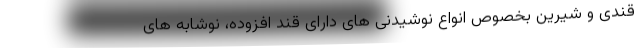
قندی و شیرین بخصوص انواع نوشیدنی های دارای قند افزوده، نوشابه های